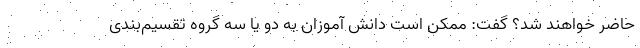
حاضر خواهند شد؟ گفت: ممکن است دانش آموزان به دو یا سه گروه تقسیم‌بندی